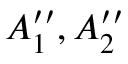
A _ { 1 } ^ { \prime \prime } , A _ { 2 } ^ { \prime \prime }